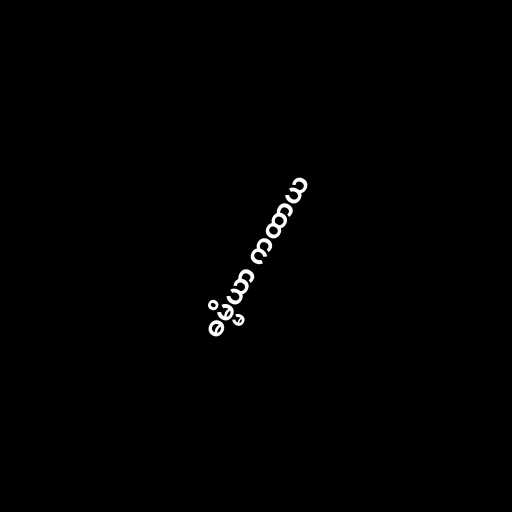
ဓမ္မိယာ ကထာယ